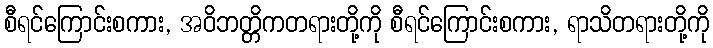
စီရင်ကြောင်းစကား, အဝိဘတ္တိကတရားတို့ကို စီရင်ကြောင်းစကား, ရာသိတရားတို့ကို